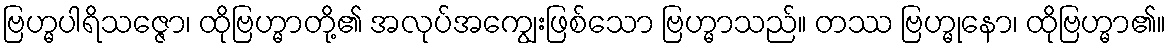
ဗြဟ္မပါရိသဇ္ဇော၊ ထိုဗြဟ္မာတို့၏ အလုပ်အကျွေးဖြစ်သော ဗြဟ္မာသည်။ တဿ ဗြဟ္မုနော၊ ထိုဗြဟ္မာ၏။